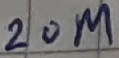
Text: 20M